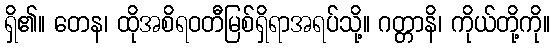
ရှိ၏။ တေန၊ ထိုအစိရဝတီမြစ်ရှိရာအရပ်သို့။ ဂတ္တာနိ၊ ကိုယ်တို့ကို။